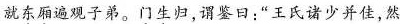
就东厢遍观子弟。门生归，谓鉴曰：”王氏诸少并佳，然